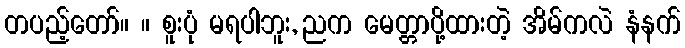
တပည့်တော်။ ။ စူးပုံ မရပါဘူး, ညက မေတ္တာပို့ထားတဲ့ အိမ်ကလဲ နံနက်